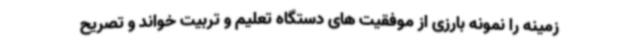
زمینه را نمونه بارزی از موفقیت های دستگاه تعلیم و تربیت خواند و تصریح